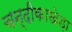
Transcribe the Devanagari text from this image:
चन्दीकाखेड़ा